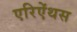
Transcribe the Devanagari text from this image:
एरिऐंथस